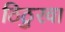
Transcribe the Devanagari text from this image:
ठिठुरवा